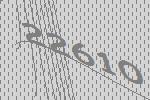
22610